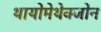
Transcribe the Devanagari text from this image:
थायोमेथेक्‍जोन